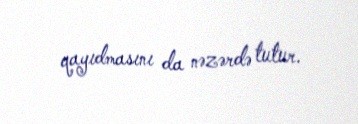
qayıdmasını da nəzərdə tutur.